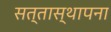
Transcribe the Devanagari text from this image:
सत्तास्थापना